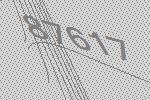
87617